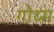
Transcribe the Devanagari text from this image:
गोथ्स